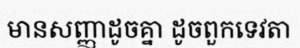
មានសញ្ញាដូចគ្នា ដូចពួកទេវតា